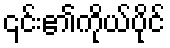
၎င်း၏ကိုယ်ပိုင်